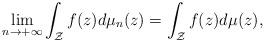
LaTeX: \begin{align*}\lim_{n \to +\infty}\int_{\mathcal Z}f(z)d\mu_{n}(z)=\int_{\mathcal Z}f(z)d\mu(z),\end{align*}